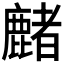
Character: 𪋑